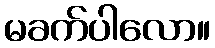
မခက်ပါလော။